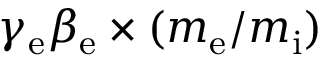
\gamma _ { \mathrm { e } } \beta _ { \mathrm { e } } \times ( m _ { \mathrm { e } } / m _ { \mathrm { i } } )